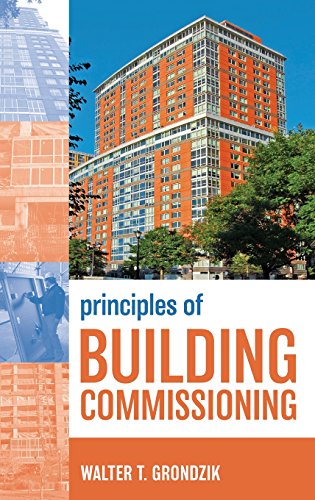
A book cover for Principles of Building Commissioning; Walter T. Grondzik; Arts & Photography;